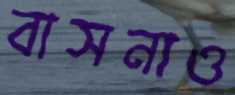
বাসনাও